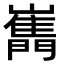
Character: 𡾧